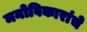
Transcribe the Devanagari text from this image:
मनोविकारांचे